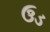
ઉડ